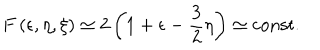
F \left( \epsilon , \eta , \xi \right) \simeq 2 \left( 1 + \epsilon - { \frac { 3 } { 2 } } \eta \right) \simeq \mathrm { c o n s t . }